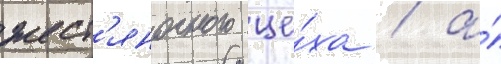
жест'яночного це́ха / а́